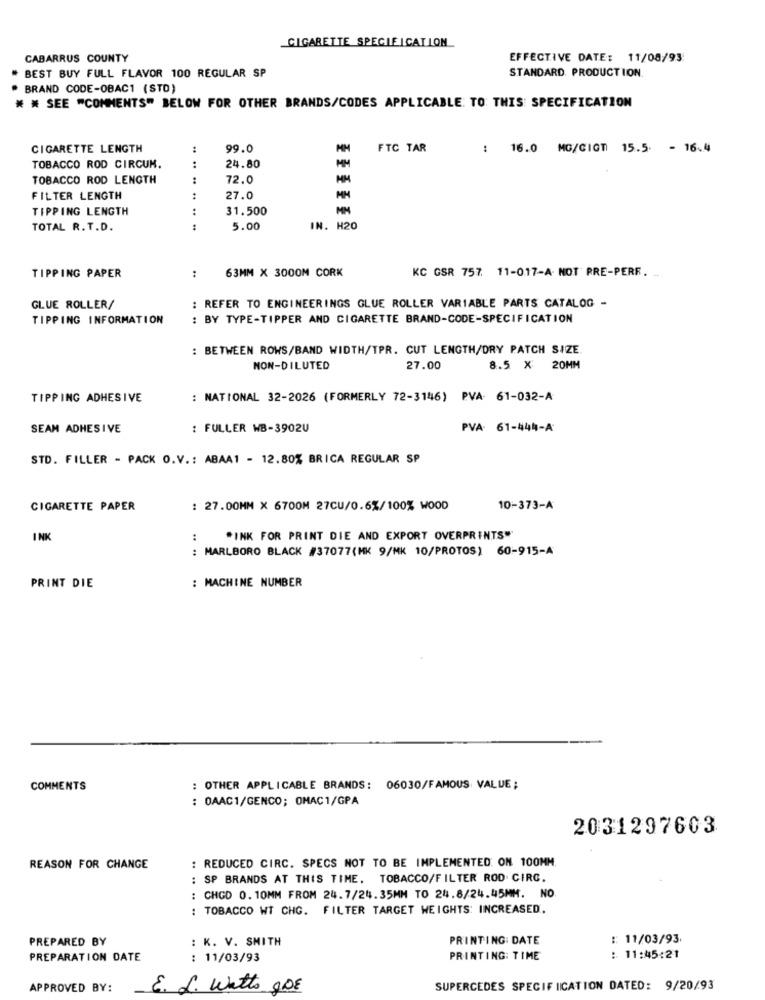
CIGARETTE SPECIFICATION
CABARRUS COUNTY
EFFECTIVE DATE: 11/08/93
STANDARD. PRODUCTION
# BEST BUY FULL FLAVOR 100 REGULAR SP
BRAND CODE-OBAC1 (STD)
* * SEE "COMMENTS" BELOW FOR OTHER BRANDS/CODES APPLICABLE: TO: THIS SPECIFICATION
CIGARETTE LENGTH
:
99.0
FTC TAR
16.0 MG/GIGT 15.5 - 16.4
TOBACCO ROD CIRCUM.
:
24.80
TOBACCO ROD LENGTH
72.0
FILTER LENGTH
:
27.0
TIPPING LENGTH
:
31.500
TOTAL R.T.D.
:
5.00
IN. H20
63MM X 3000M CORK
KC GSR 757. 11-017-A- NOT PRE-PERR.
TIPPING PAPER
. -
: REFER TO ENGINEERINGS GLUE ROLLER VARIABLE PARTS CATALOG -
GLUE ROLLER/
TIPPING INFORMATION
: BY TYPE-TIPPER AND CIGARETTE BRAND-CODE-SPECIFICATION
: BETWEEN ROWS/BAND WIDTH/TPR. CUT LENGTH/DRY PATCH SIZE
NON-DILUTED
27.00
8.5 × 20MM
TIPPING ADHESIVE
: NATIONAL 32-2026 (FORMERLY 72-3146) PVA- 61-032-A
SEAM ADHESIVE
: FULLER WB-3902U
PVA: 61-444-A
STD. FILLER - PACK O.V .: ABAA1 - 12.80% BRICA REGULAR SP
CIGARETTE PAPER
: 27.00MM X 6700M 27CU/0.6%/100% WOOD
10-373-A
INK
:
*INK FOR PRINT DIE AND EXPORT OVERPRINTS"
: MARLBORO BLACK #37077(MK 9/MK 10/PROTOS) 60-915-A
: MACHINE NUMBER
PRINT DIE
COMMENTS
: OTHER APPLICABLE BRANDS: 06030/FAMOUS VALUE;
: 0AAC1/GENCO; OMAC1/GPA
2031297603
: REDUCED CIRC. SPECS NOT TO BE IMPLEMENTED. ON 100MM
REASON FOR CHANGE
: SP BRANDS AT THIS TIME. TOBACCO/FILTER ROD. CIRC.
: CHGD 0. 10MM FROM 24.7/24.35MM TO 24.8/24.45MM. NO
: TOBACCO WT CHG. FILTER TARGET WEIGHTS: INCREASED.
: K. V. SMITH
PRINTING: DATE
:: 11/03/93
PREPARED BY
PREPARATION DATE
: 11/03/93
PRINTING: TIME
: 11:45:21
APPROVED BY:
E. L. Watts gDE
SUPERCEDES SPECIFICATION DATED: 9/20/93